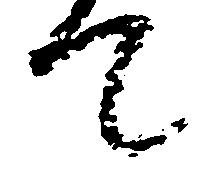
て